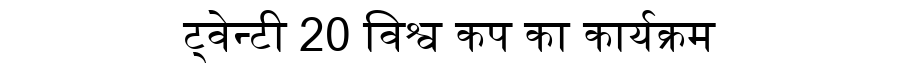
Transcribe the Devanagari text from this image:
ट्वेन्टी 20 विश्व कप का कार्यक्रम